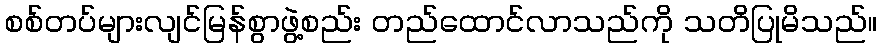
စစ်တပ်များလျင်မြန်စွာဖွဲ့စည်း တည်ထောင်လာသည်ကို သတိပြုမိသည်။